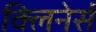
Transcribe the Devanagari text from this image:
क्लिनेर्स